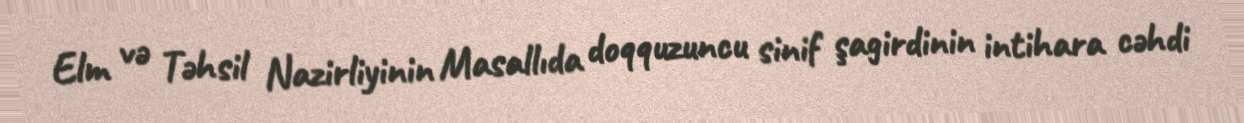
Elm və Təhsil Nazirliyinin Masallıda doqquzuncu sinif şagirdinin intihara cəhdi